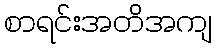
စာရင်းအတိအကျ